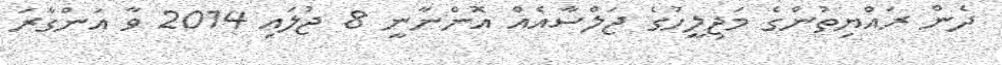
ދެން ރައްޔިތުންގެ މަޖިލީހުގެ ޖަލްސާއެއް އޮންނާނީ 8 ޖުލައި 2014 ވާ އަންގާރަ